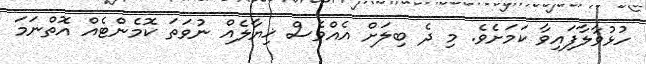
ހުޅުވާލާފައިވާ ކަމަށެވެ. މި ދެ ބިލަށް އެއްވެސް ޚިޔާލެއް ނުވަތަ ކޮމެންޓެއް އޮތްނަމަ